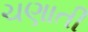
ચણાતી